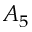
A _ { 5 }